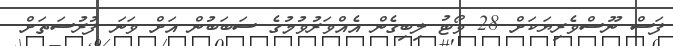
ފަސް ނޫސްވެރިޔަކަށް 28 ވޯޓު ލިބިގެން އެއްވަރުވުމުގެ ސަބަބުން އަށް ވަނަ ފުރުސަތަށް